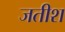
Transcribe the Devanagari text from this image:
जतीश